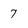
Character: 7